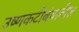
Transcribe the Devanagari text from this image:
उष्णकटीबंधातील